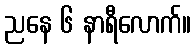
ညနေ ၆ နာရီလောက်။